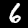
Label: 6